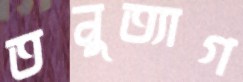
তনুত্যাগ